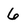
Character: 6